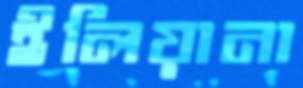
ইলিয়ানা